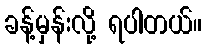
ခန့်မှန်းလို့ ရပါတယ်။